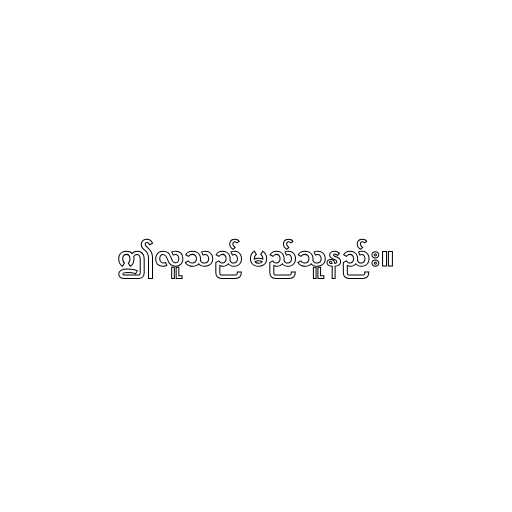
ဤလူသည် မည်သူနည်း။